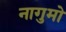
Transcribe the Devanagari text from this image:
नागुमो